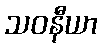
သဝနီယာ